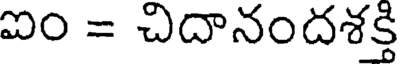
ఐం = చిదానందశక్తి